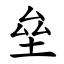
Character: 垒